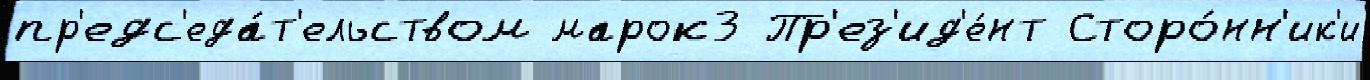
пр'едс'еда́т'ельством марок3 Пр'ез'ид'е́нт Сторо́нн'ик'и